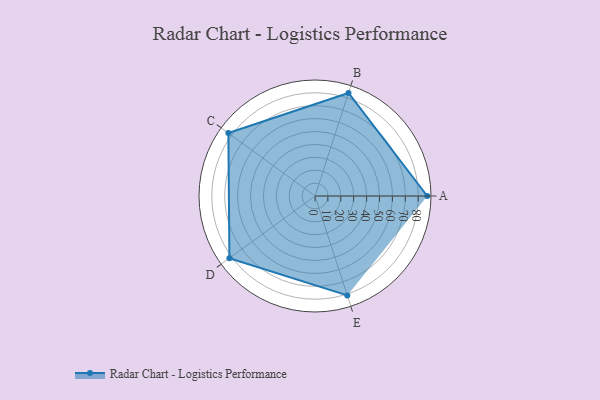
{"axis": {"x": "Skill", "y": "Score"}, "legend": ["Profile"], "data": [{"x": "A", "y": 87.0, "type": "Profile"}, {"x": "B", "y": 84.0, "type": "Profile"}, {"x": "C", "y": 83.0, "type": "Profile"}, {"x": "D", "y": 82.0, "type": "Profile"}, {"x": "E", "y": 81.0, "type": "Profile"}]}